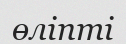
өліпті